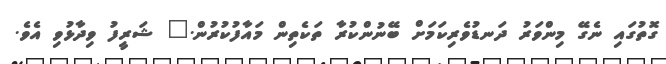
ގޮތުގައި ނެގޭ މިންވަރު ދަނޑުވެރިކަމަށް ބޭނުންކުރާ ތަކެތިން މައާފުކުރުން." ޝަރީފު ވިދާޅުވި އެވެ.